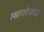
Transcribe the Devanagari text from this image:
स्वतःतर्कसंगत